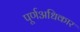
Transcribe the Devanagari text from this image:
पूर्णअधिकार